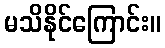
မသိနိုင်ကြောင်း။